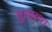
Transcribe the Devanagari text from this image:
तुत्स्ला